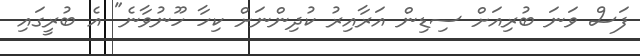
ފަސް ވަނަ ބުރިއަށް ސިޑިން އަރާއިރު ކުދިންނަށް ކިހާ ހޫނުވާނެ" އެ ބުރީގައި